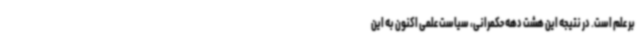
بر علم است. در نتیجه این هشت دهه حکمرانی، سیاست علمی اکنون به این